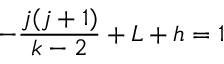
- { \frac { j ( j + 1 ) } { { k - 2 } } } + L + h = 1